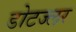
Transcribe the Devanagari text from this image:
डोटज्लर